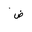
Letter: _dad